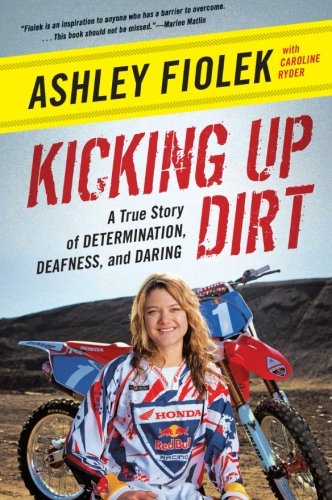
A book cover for Kicking Up Dirt: A True Story of Determination, Deafness, and Daring; Ashley Fiolek; Sports & Outdoors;